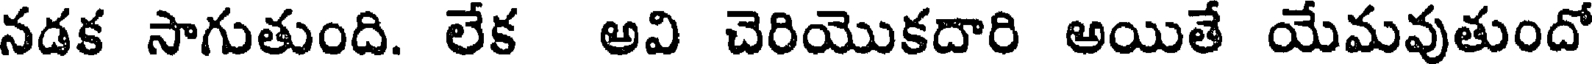
నడక సాగుతుంది. లేక అవి చెరియొకదారి అయితే యేమవుతుందో